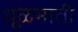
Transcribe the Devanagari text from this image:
धूळमाती